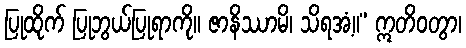
ပြုထိုက် ပြုဘွယ်ပြုရာကို။ ဇာနိဿာမိ၊ သိရအံ့။” ဣတိဝတွာ၊